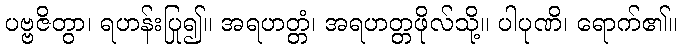
ပဗ္ဗဇိတွာ၊ ရဟန်းပြု၍။ အရဟတ္တံ၊ အရဟတ္တဖိုလ်သို့။ ပါပုဏိ၊ ရောက်၏။